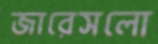
জারেসলো